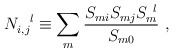
\begin{align*}N_{i,j}^{~~l} \equiv \sum_m \frac{S_{mi} S_{mj} S_{m}^{~l}}{S_{m0}}~,\end{align*}